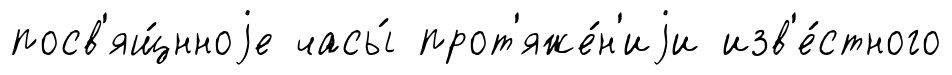
посв'ящ́нноjе часы́ прот'яже́н'иjи изв'е́стного